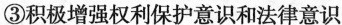
③积极增强权利保护意识和法律意识